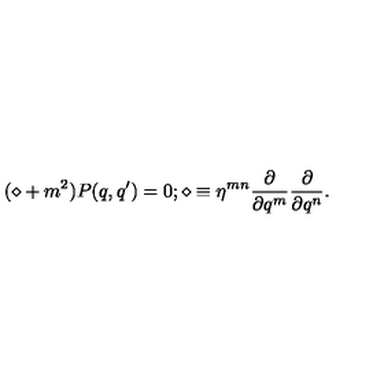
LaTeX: ( \diamond + m ^ { 2 } ) P ( q , q ^ { \prime } ) = 0 ; \diamond \equiv \eta ^ { m n } \frac { \partial } { \partial q ^ { m } } \frac { \partial } { \partial q ^ { n } } .